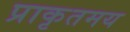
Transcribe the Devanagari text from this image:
प्राकृतमय